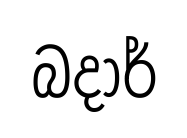
බදාර්